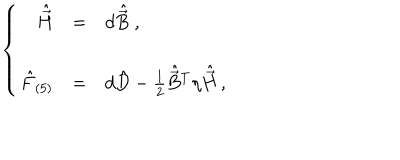
LaTeX: \left\{ \begin{array} { r c l } { { \hat { \vec { H } } } } & { { = } } & { { d \hat { \vec { B } } \; , } } \\ { { } } & { { } } & { { } } \\ { { \hat { F } _ { ( 5 ) } } } & { { = } } & { { d \hat { D } - { \textstyle \frac { 1 } { 2 } } \hat { \vec { B } } { } ^ { T } \eta \hat { \vec { H } } \, , } } \\ \end{array} \right.